Senior Leaving Certificate Examination (including Day School Certificate (Higher) General paper), 1950
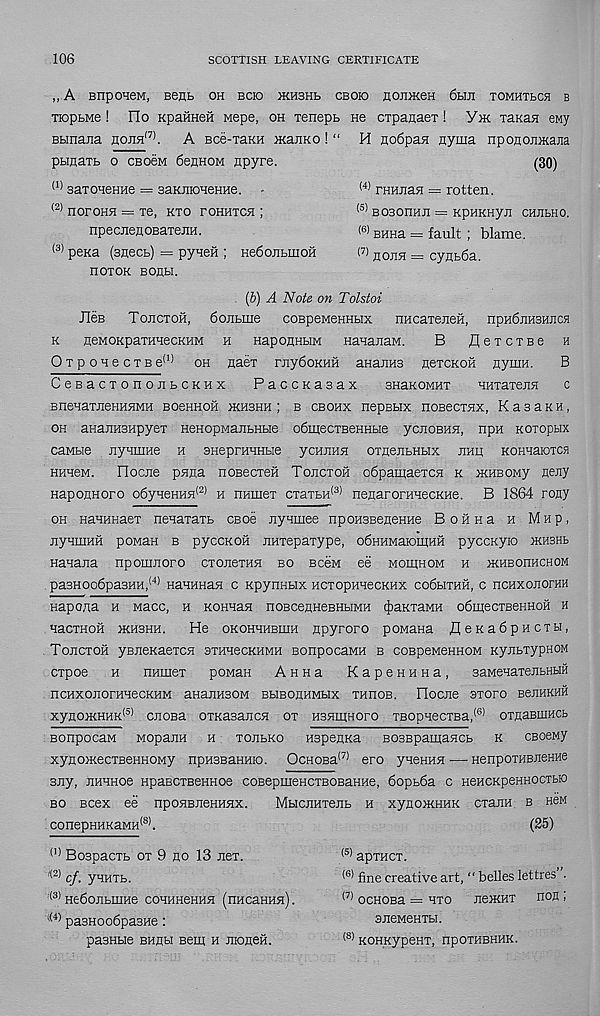
106
SCOTTISH LEAVING CERTIFICATE
„ A BnponeM, Bent oh bcio ikhshb cboio EOjiHceH 6hji tomhtbch b
TioptMe ! Ho KpaHHen Mepe, oh Tenepb He CTpanaeT! Y>k Tanaa ewy
Bbinaiia hojih (7) . A Bce-TaKH iKaiiKO! “ H nodpan ayma nposoEiKaEa
pbinaTb o cbogm 6enH0M Epyre.
(30)
(1) 3aT0H6HHe — SaKEIOHeHHe. -
(2) noroHH == Te, kto fohhtch ;
npecjienoBaxeJiH.
(3) pena (snecb) = pyneH ; HeOoiibmoH
HOT OK BOflbl.
(4) FHHEaH = rotten.
(5) B030HHJI = KpHKHyn CHEbHO.
(6) BHHa = fault ; blame.
(7) eoeh = cynb6a.
. (b) A Note on Tolstoi
JleB Tojictoh, 6oiibme coBpeMenHbix nncaTeneH, hphOehshjich
k
seMOKpaTHHecKHM h HaponubiM HaHanaM.
B flexcTBe a
OTpouecTB e (1) oh naex rnySoKHH anaiiHS iieTCKOH Hymn.
B
CeBacTonojibCKHx
PaccKasax
snaKOMHT
KHTaxeEH
c
bnenaTJieHHHMH boshhoh ikhshh ; b cbohx nepBbix noBecTHX, KasaKH,
oh anariHSHpyeT HeHopMaiibHbie odmecTBeHHbie ycnoBHH, npn Koioptix
caMbie JiyumHe h SHeprHHHbie ycujiHH OTiieEbHbix jihh KomaioTCS
HmeM. Flociie pnna noBecTen Tojictoh oOpamaexcH k iKHBOMy fleEy
HaponHoro o6yHeHHH (2) h HHuier CTaTbH (3) nenaroraHecKHe. B 1864 rony
oh HaHHHaeT nenaTaTb csoe nynmee npoHSBeneHHe BoftHa h Mxp,
jiyHHiHH poMan b pyccKOH EHTepaxype, oOHHMaiomHH pyccxyio ikhshb
Banana npomnoro ctojicthh bo bcbm ee moiiihom h jkhbohhchom
pa3HOo6pa3HH, (4) HaHHHan c KpynHbix HCxopHHecKHx coShthh, c ncHxonornH
aapona h Macc, h KOHnan HOBceHHesHbiMH cJ)aKTaMH o6mecTBeHHOH h
nacTHofi ikhshh.
He okohhhbihh npyroro poMana fleKabpHCTH,
Tojictoh yBiieKaeTCH STHnecKHMH sonpocaMH b coBpeMeHHOM KyubTypnoM
cxpoe h
HHineT poMan Anna
KapeHHHa,
saMenaTeJibHHH
HCHXOJIOrHHeCKHM aHaJIHSOM BbIBOUHMbIX THHOB. FloCIie 3TOrO B6JIHKHH
xyflO>KHHK <5) CJIOBa OTKasaJICH OT H3HIHHOrO TBOpneCTBa, <6) OTnaBIUHCb
sonpocaM MopaiiH h tojibko nspenKa BOSEpamaacb k cBoeMy
xynoiKecTBCHHOMy npH3BaHHio. OcHOBa (7) ero yneHHH — HenpoTHBJieHne
3Jiy, iiHHHoe HpaBCTseHHoe coBepmeHCTBOBaHHe, 6opb6a c HeHCKpeHHOCTbio
bo Bcex ee npoHBJieHHHX.
MbicuHTejib h xynoiKHHK crann b Hen
conepHHKaMH (8) .
(25)
(,) BospacTb ot 9 no 13 nex.
^ cf. yHHTb.
:(3) He6oJIbIHHe COHHHeHHH (nncaHHH).
- (4) pa3Hoo6pa3He:
pasHbie BHnbi Bem h jnoneH.
(5) apTHCT.
(6) fine creative art, " belles lettres .
(7) OCHOBa = HTO JieFKHT BOH ,
sneMeHTbi.
(8) KOHKypeHT, npOTHBHHK.